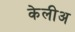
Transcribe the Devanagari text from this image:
केलीअ